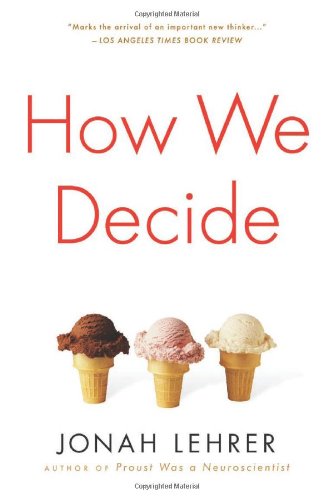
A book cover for How We Decide; Jonah Lehrer; Medical Books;